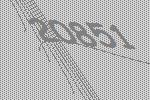
20851